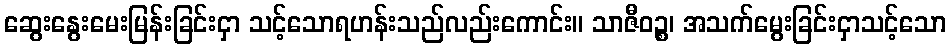
ဆွေးနွေးမေးမြန်းခြင်းငှာ သင့်သောရဟန်းသည်လည်းကောင်း။ သာဇီဝဉ္စ၊ အသက်မွေးခြင်းငှာသင့်သော